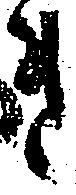
き